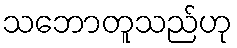
သဘောတူသည်ဟု